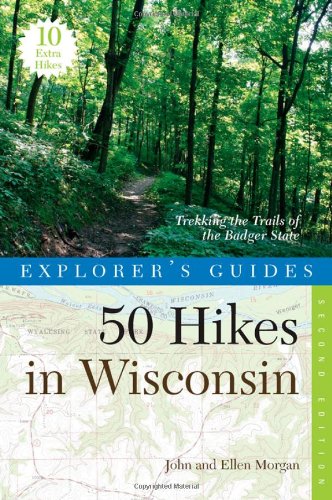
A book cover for Explorer's Guide 50 Hikes in Wisconsin: Trekking the Trails of the Badger State (Second Edition)  (Explorer's 50 Hikes); John Morgan; Travel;